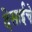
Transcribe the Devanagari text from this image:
देसाईचे